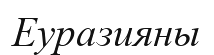
Еуразияны